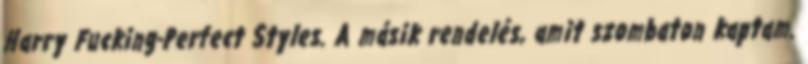
Harry Fucking-Perfect Styles. A másik rendelés, amit szombaton kaptam.